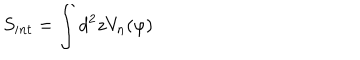
S _ { i n t } = \int d ^ { 2 } z V _ { n } ( \varphi )